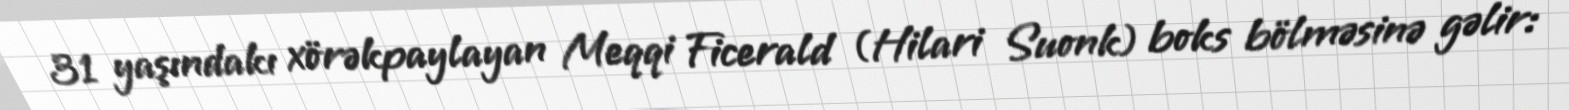
31 yaşındakı xörəkpaylayan Meqqi Ficerald (Hilari Suonk) boks bölməsinə gəlir: